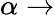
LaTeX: \alpha\rightarrow